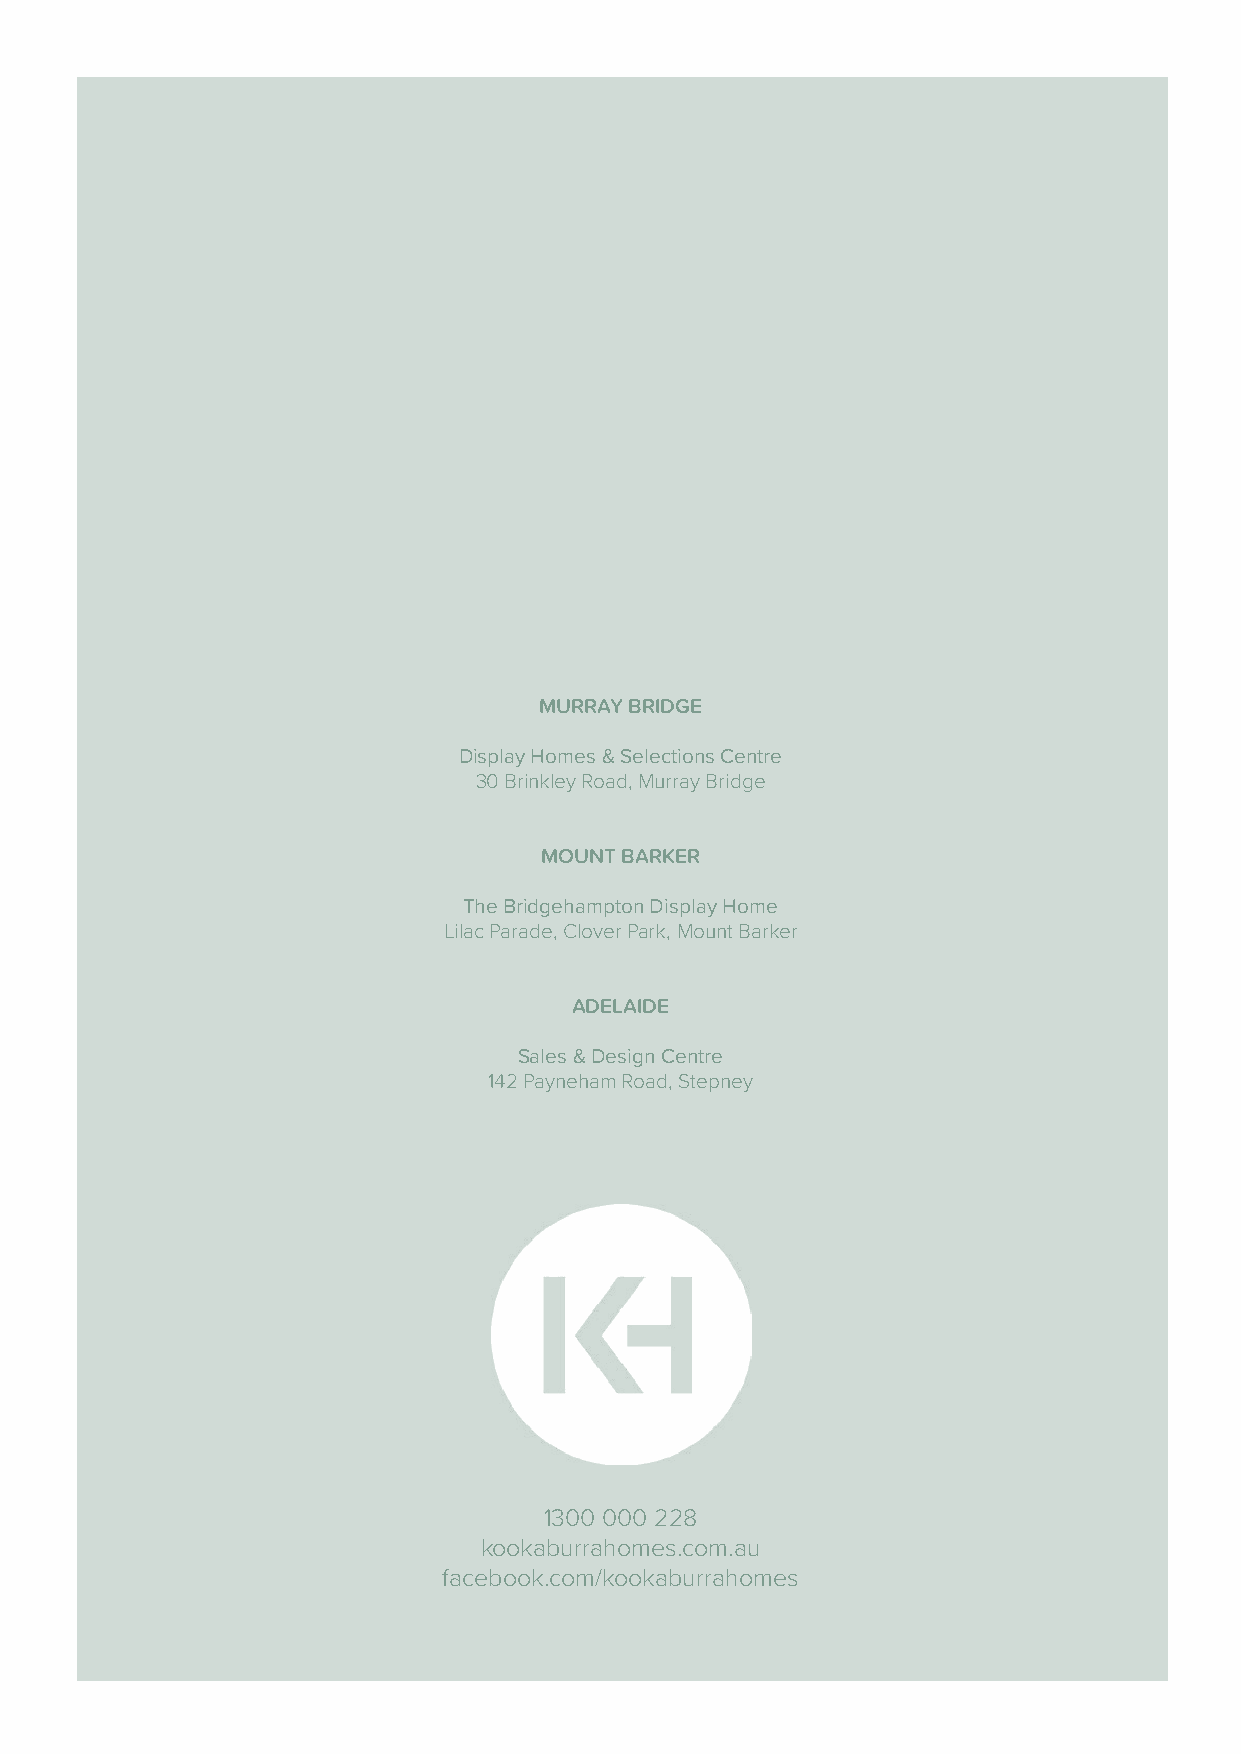
MURRAY BRIDGE
 Display Homes & Selections Centre
 30 Brinkley Road, Murray Bridge
 MOUNT BARKER
 The Bridgehampton Display Home
 Lilac Parade, Clover Park, Mount Barker
 ADELAIDE
 Sales & Design Centre
 142 Payneham Road, Stepney
 1300 000 228
 kookaburrahomes.com.au
 facebook.com/kookaburrahomes